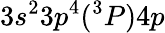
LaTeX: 3s^{2}3p^{4}(^{3}P)4p